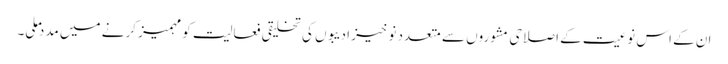
ان کے اس نوعیت کے اصلاحی مشوروں سے متعدد نو خیز ادیبوں کی تخلیقی فعالیت کو مہمیز کرنے میں مدد ملی۔